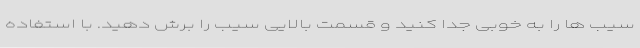
سیب ها را به خوبی جدا کنید و قسمت بالایی سیب را برش دهید. با استفاده